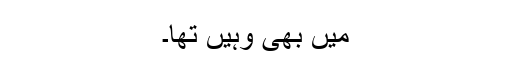
میں بھی وہیں تھا۔